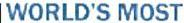
WORLD'S MOST